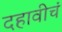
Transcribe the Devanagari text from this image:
दहावीचं